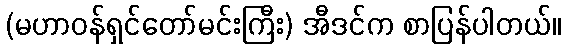
(မဟာဝန်ရှင်တော်မင်းကြီး) အီဒင်က စာပြန်ပါတယ်။